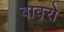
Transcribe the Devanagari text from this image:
बावरो